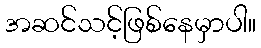
အဆင်သင့်ဖြစ်နေမှာပါ။